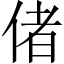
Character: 偖